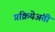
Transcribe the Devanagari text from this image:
प्रक्रियेअंती